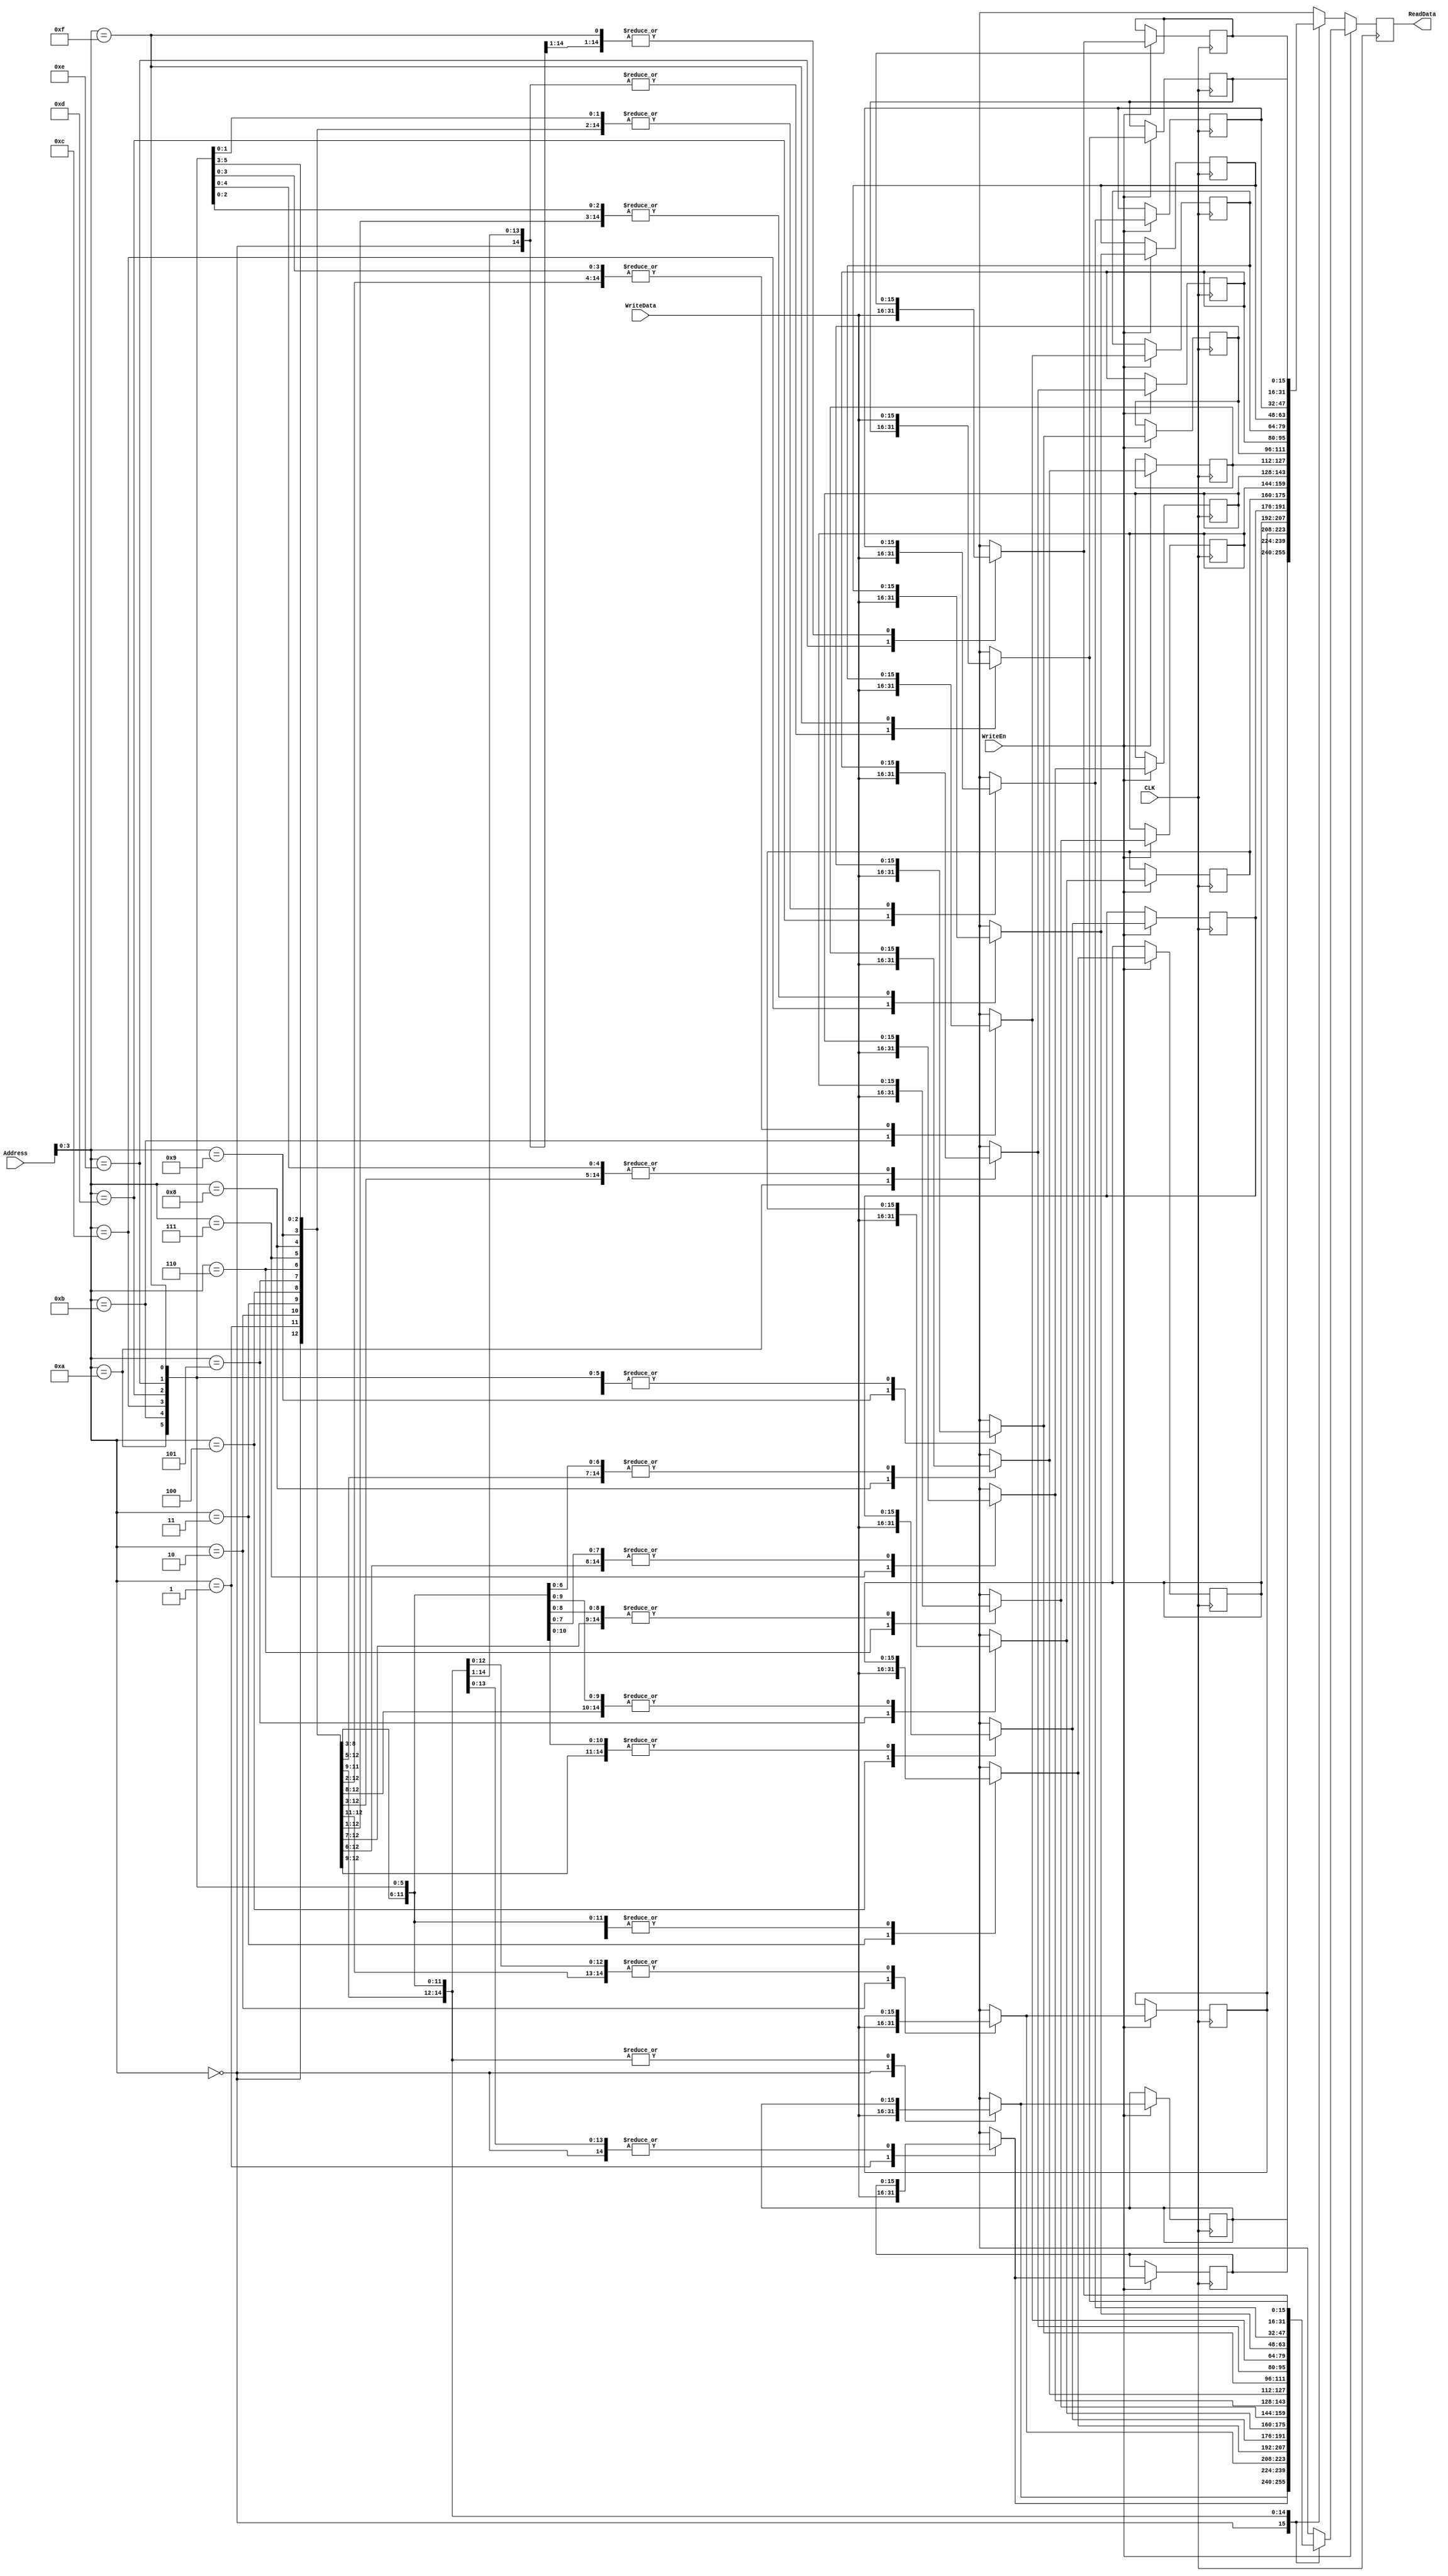

module DMEM(ReadData, Address, WriteData, WriteEn, CLK);
	input 				CLK, WriteEn;
	input 		[15:0] 	Address, WriteData;
	output reg 	[15:0] 	ReadData;
	
	reg [15:0] array_reg [15:0];
	
	always @ (posedge CLK)begin
		if (WriteEn) begin
			array_reg[Address] = WriteData;
			ReadData = array_reg[Address];
		end
		else
			ReadData = array_reg[Address];
	end
endmodule